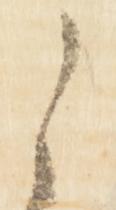
之